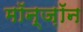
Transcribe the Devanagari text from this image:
मॉन्ज़ॉन